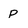
Character: p